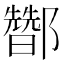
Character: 𰼀